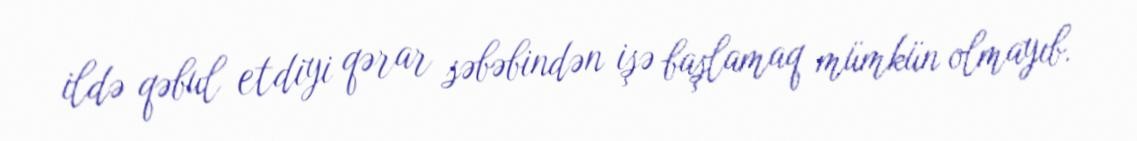
ildə qəbul etdiyi qərar səbəbindən işə başlamaq mümkün olmayıb.